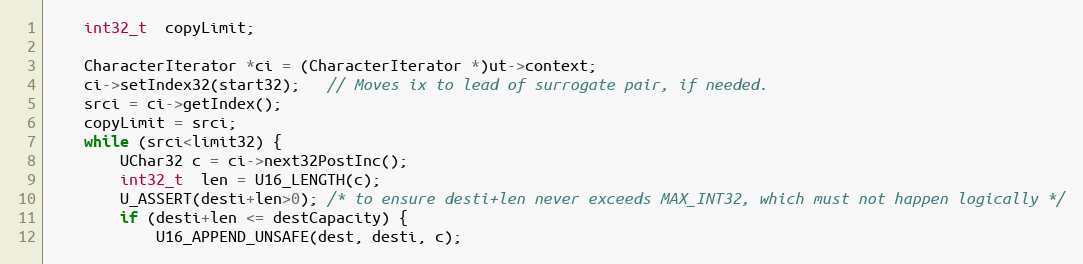
Language: C++
    int32_t  copyLimit;

    CharacterIterator *ci = (CharacterIterator *)ut->context;
    ci->setIndex32(start32);   // Moves ix to lead of surrogate pair, if needed.
    srci = ci->getIndex();
    copyLimit = srci;
    while (srci<limit32) {
        UChar32 c = ci->next32PostInc();
        int32_t  len = U16_LENGTH(c);
        U_ASSERT(desti+len>0); /* to ensure desti+len never exceeds MAX_INT32, which must not happen logically */
        if (desti+len <= destCapacity) {
            U16_APPEND_UNSAFE(dest, desti, c);